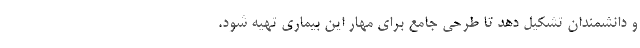
و دانشمندان تشکیل دهد تا طرحی جامع برای مهار این بیماری تهیه شود.